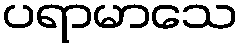
ပရာမာသေ